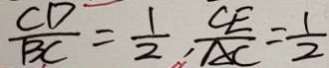
\frac { C D } { B C } = \frac { 1 } { 2 } , \frac { C E } { A C } = \frac { 1 } { 2 }